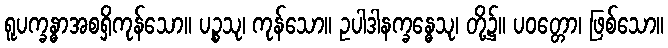
ရူပက္ခန္ဓာအစရှိကုန်သော။ ပဉ္စသု၊ ကုန်သော။ ဥပါဒါနက္ခန္ဓေသု၊ တို့၌။ ပဝတ္တော၊ ဖြစ်သော။